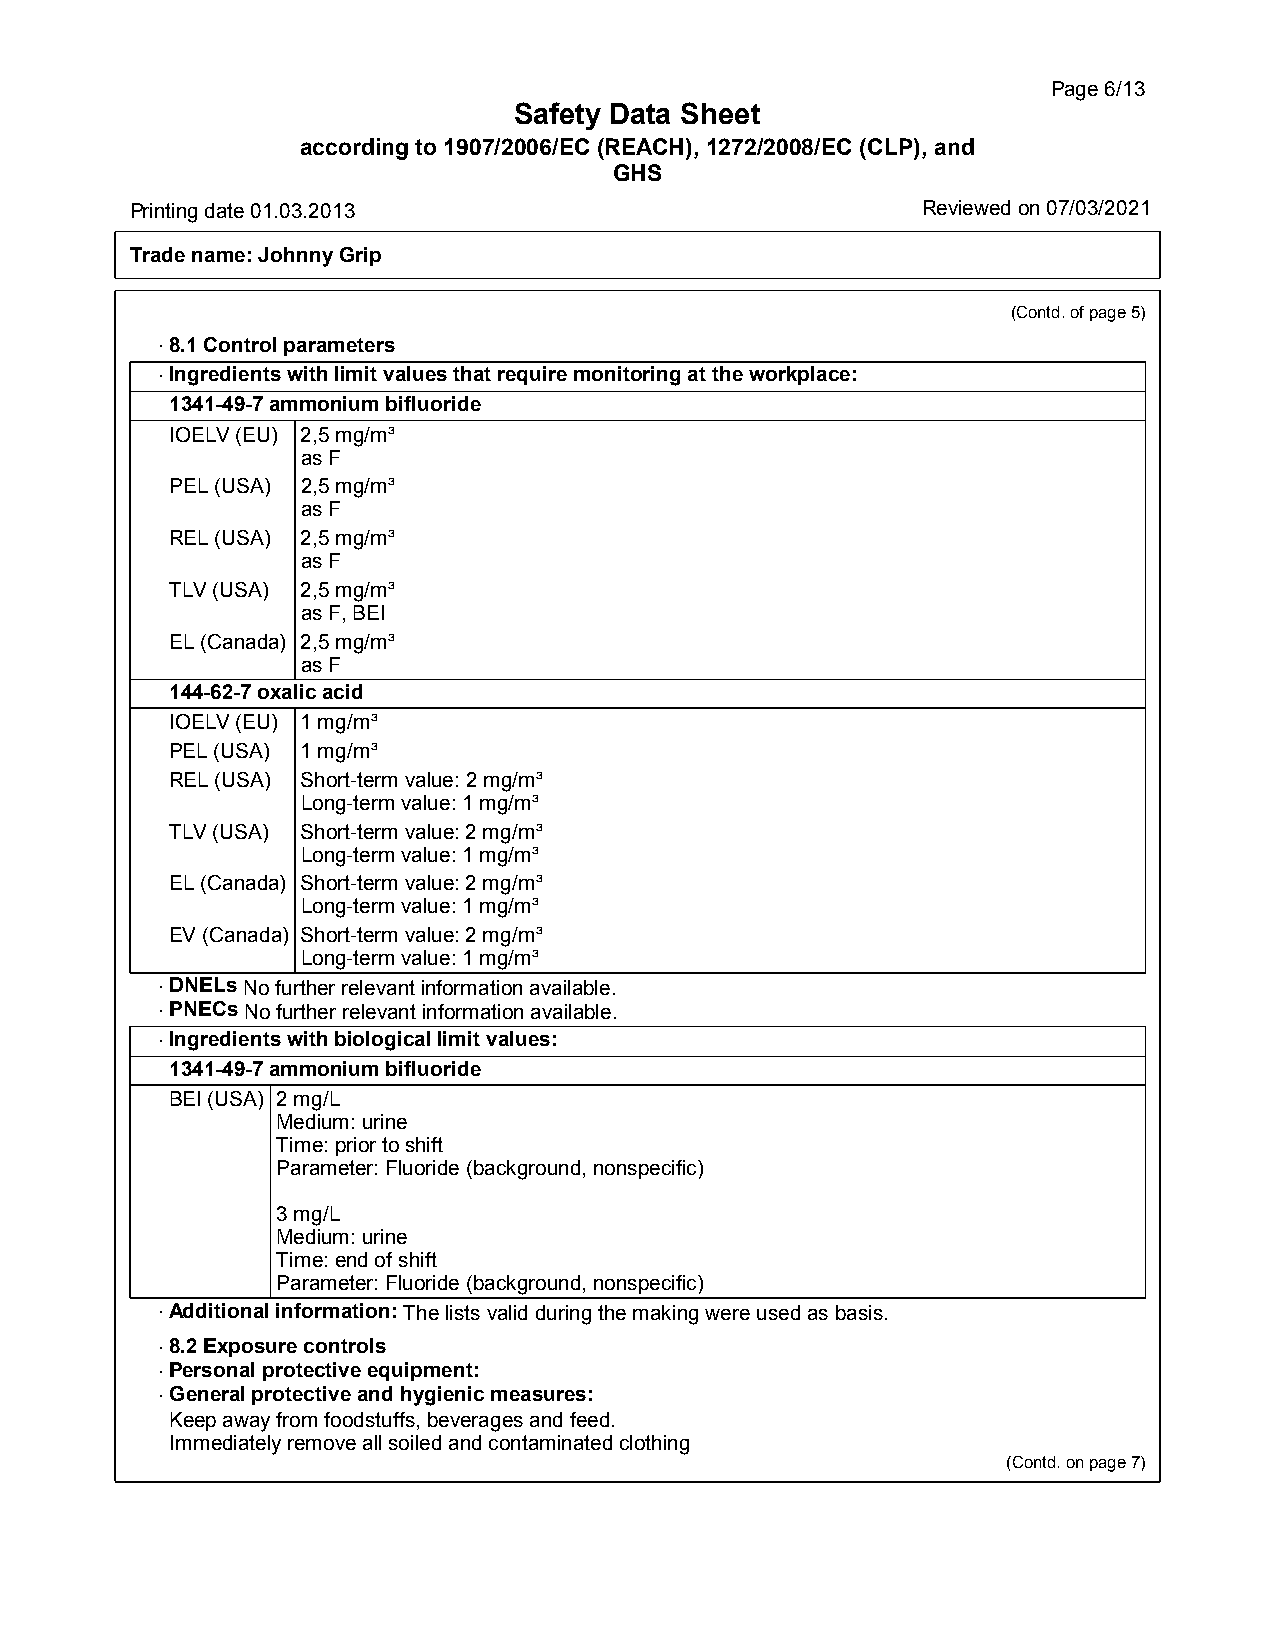
Page6/13
 Safety Data Sheet
 according to 1907/2006/EC (REACH), 1272/2008/EC (CLP), and
 GHS
 Printingdate01.03.2013                              Reviewed on 07/03/2021
 Tradename:JohnnyGrip
 (Contd.ofpage5)
 ·8.1Controlparameters
 ·Ingredientswithlimitvaluesthatrequiremonitoringattheworkplace:
 1341-49-7ammoniumbifluoride
 IOELV(EU) 2,5mg/m³
 asF
 PEL(USA) 2,5mg/m³
 asF
 REL(USA) 2,5mg/m³
 asF
 TLV(USA) 2,5mg/m³
 asF,BEI
 EL(Canada) 2,5mg/m³
 asF
 144-62-7oxalicacid
 IOELV(EU) 1mg/m³
 PEL(USA) 1mg/m³
 REL(USA) Short-termvalue:2mg/m³
 Long-termvalue:1mg/m³
 TLV(USA) Short-termvalue:2mg/m³
 Long-termvalue:1mg/m³
 EL(Canada) Short-termvalue:2mg/m³
 Long-termvalue:1mg/m³
 EV(Canada) Short-termvalue:2mg/m³
 Long-termvalue:1mg/m³
 ·DNELsNofurtherrelevantinformationavailable.
 ·PNECsNofurtherrelevantinformationavailable.
 ·Ingredientswithbiologicallimitvalues:
 1341-49-7ammoniumbifluoride
 BEI(USA) 2mg/L
 Medium:urine
 Time:priortoshift
 Parameter:Fluoride(background,nonspecific)
 3mg/L
 Medium:urine
 Time:endofshift
 Parameter:Fluoride(background,nonspecific)
 ·Additionalinformation:Thelistsvalidduringthemakingwereusedasbasis.
 ·8.2Exposurecontrols
 ·Personalprotectiveequipment:
 ·Generalprotectiveandhygienicmeasures:
 Keepawayfromfoodstuffs,beveragesandfeed.
 Immediatelyremoveallsoiledandcontaminatedclothing
 (Contd.onpage7)
 36.0.2